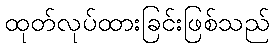
ထုတ်လုပ်ထားခြင်းဖြစ်သည်